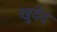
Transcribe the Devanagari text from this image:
खुदेद